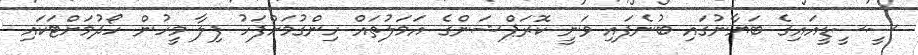
ސީސީޑީއައިގެ ބަޔާނުގައި ބުނެފައި ވަނީ ކޮރަޕްޝަންގެ އަމަލުތައް ހިންގުމަށްފަހު ފިލާ މީހުން ހޯދުމަށްޓަކައި